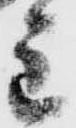
主